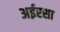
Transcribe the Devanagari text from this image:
अईरसा